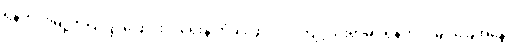
ရှန်ဟိုင်းမြို့ကပြုပြင်ပြောင်းလဲရေးနဲ့ တံခါး ဖွင့် ဝါဒ ကျင့်သုံးရာမှာ ရှန်ဟိုင်းမြို့ ခြေအနေ